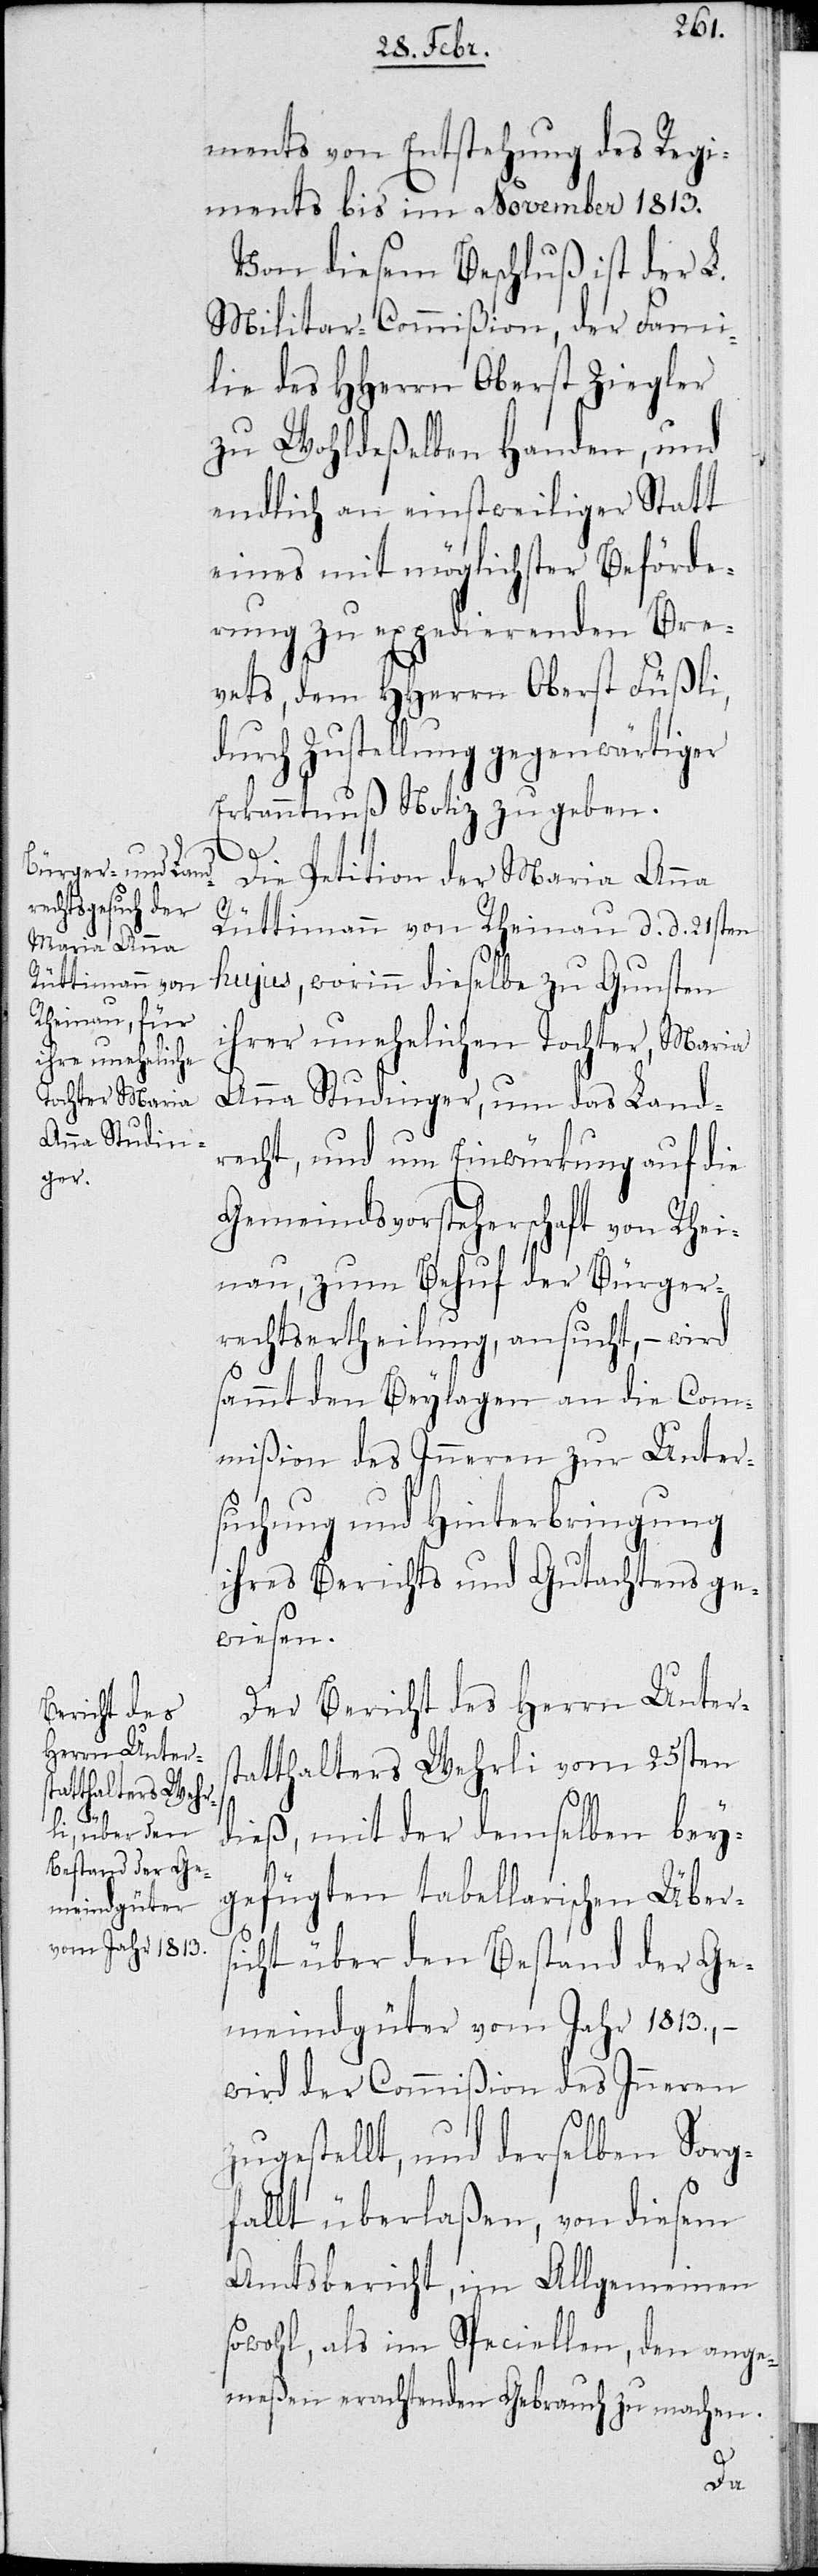
ments von Entstehung des Regi¬
ments bis im November 1813.
Von diesem Beschluß ist der L.
Militar-Commißion, der Fami¬
lie des HHerrn Oberst Ziegler
zu Wohldeßelben Handen, und
endlich an einstweiliger Statt
eines mit möglichster Beförde¬
rung zu expedierenden Bre¬
vets, dem HHerrn Oberst Füßli,
durch Zustellung gegenwärtiger
Erkanntnuß Notiz zu geben.
Die Petition der Maria Anna
Rüttimann von Rheinau d. d. 21sten
hujus, worinn dieselbe zu Gunsten
ihrer unehelichen Tochter, Maria
Anna Studinger, um das Land¬
recht, und um Einwürkung auf die
Gemeindsvorsteherschaft von Rhei¬
nau, zum Behuf der Büger¬
rechtsertheilung, ansucht, – wird
sammt den Beylagen an die Com¬
mißion des Inneren zur Unter¬
suchung und Hinterbringung
Ihres Berichts und Gutachtens ge¬
wiesen.
Der Bericht des Herrn Unters¬
tatthalters Wehrli vom 25sten
dieß, mit der demselben bey¬
gefügten tabellarischen Übers¬
icht über den Bestand der Ge¬
meindegüter vom Jahr 1813., –
wird der Commißion des Inneren
zugestellt, und derselben Sorg¬
falt überlaßen, von diesem
Amtsbericht, im Allgemeinen
sowohl, als im Speciellen, den ange¬
meßen erachtenden Gebrauch zu machen.